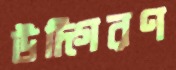
উদ্গিরণ